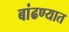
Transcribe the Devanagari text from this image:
बांढण्यात